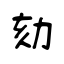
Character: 劾